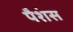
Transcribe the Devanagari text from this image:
पैशंस